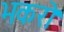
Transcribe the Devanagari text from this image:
भकरो